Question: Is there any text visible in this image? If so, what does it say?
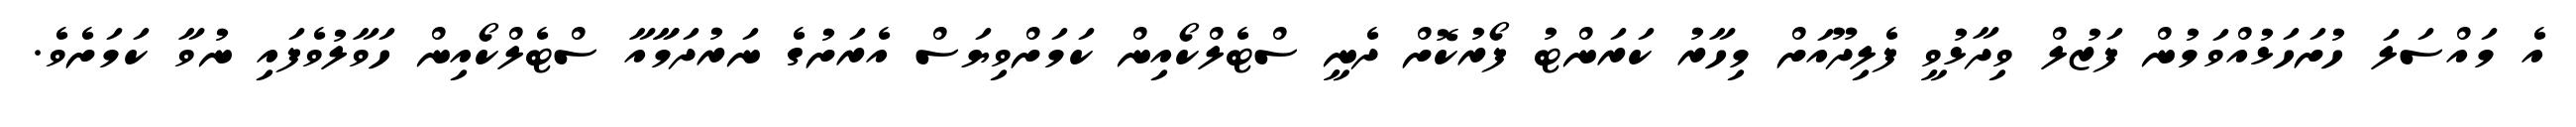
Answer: އެ މައްސަލަ ހުށަހަޅުއްވަމުން ފަޒުލް ވިދާޅުވީ ފެލިދޫއަށް މިހާރު ކަރަންޓު ފޯރުކޮށް ދެނީ ސްޓެލްކޯއިން ކަމަށްވިޔަސް އެރަށުގެ ނަރުދަމާާއާ ސްޓެލްކޯއިން ހަވާލުވެފައި ނުވާ ކަމަށެވެ.